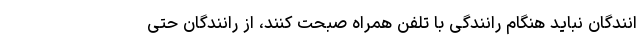
انندگان نباید هنگام رانندگی با تلفن همراه صبحت کنند، از رانندگان حتی